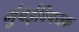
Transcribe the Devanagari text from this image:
मुंबईविषयक